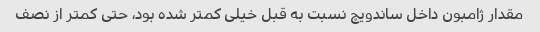
مقدار ژامبون داخل ساندویچ نسبت به قبل خیلی کمتر شده بود، حتی کمتر از نصف